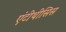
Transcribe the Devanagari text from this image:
एंटीथीसिस